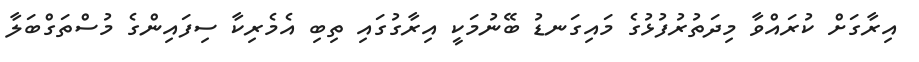
އިރާގަށް ކުރައްވާ މިދަތުރުފުޅުގެ މައިގަނޑު ބޭނުމަކީ އިރާގުގައި ތިބި އެމެރިކާ ސިފައިންގެ މުސްތަގްބަލާ